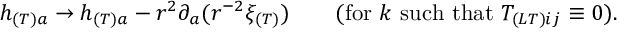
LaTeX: h _ { ( T ) a } \to h _ { ( T ) a } - r ^ { 2 } \partial _ { a } ( r ^ { - 2 } \xi _ { ( T ) } ) \qquad ( \mathrm { f o r } \ k \ \mathrm { s u c h ~ t h a t } \ T _ { ( L T ) i j } \equiv 0 ) .